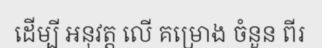
ដើម្បី អនុវត្ត លើ គម្រោង ចំនួន ពីរ